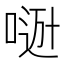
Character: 𠸼